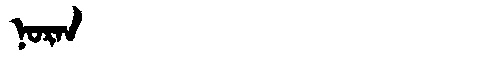
Manchu: ᠨᠣᡵᠠᠨ
Romanization: NORAN